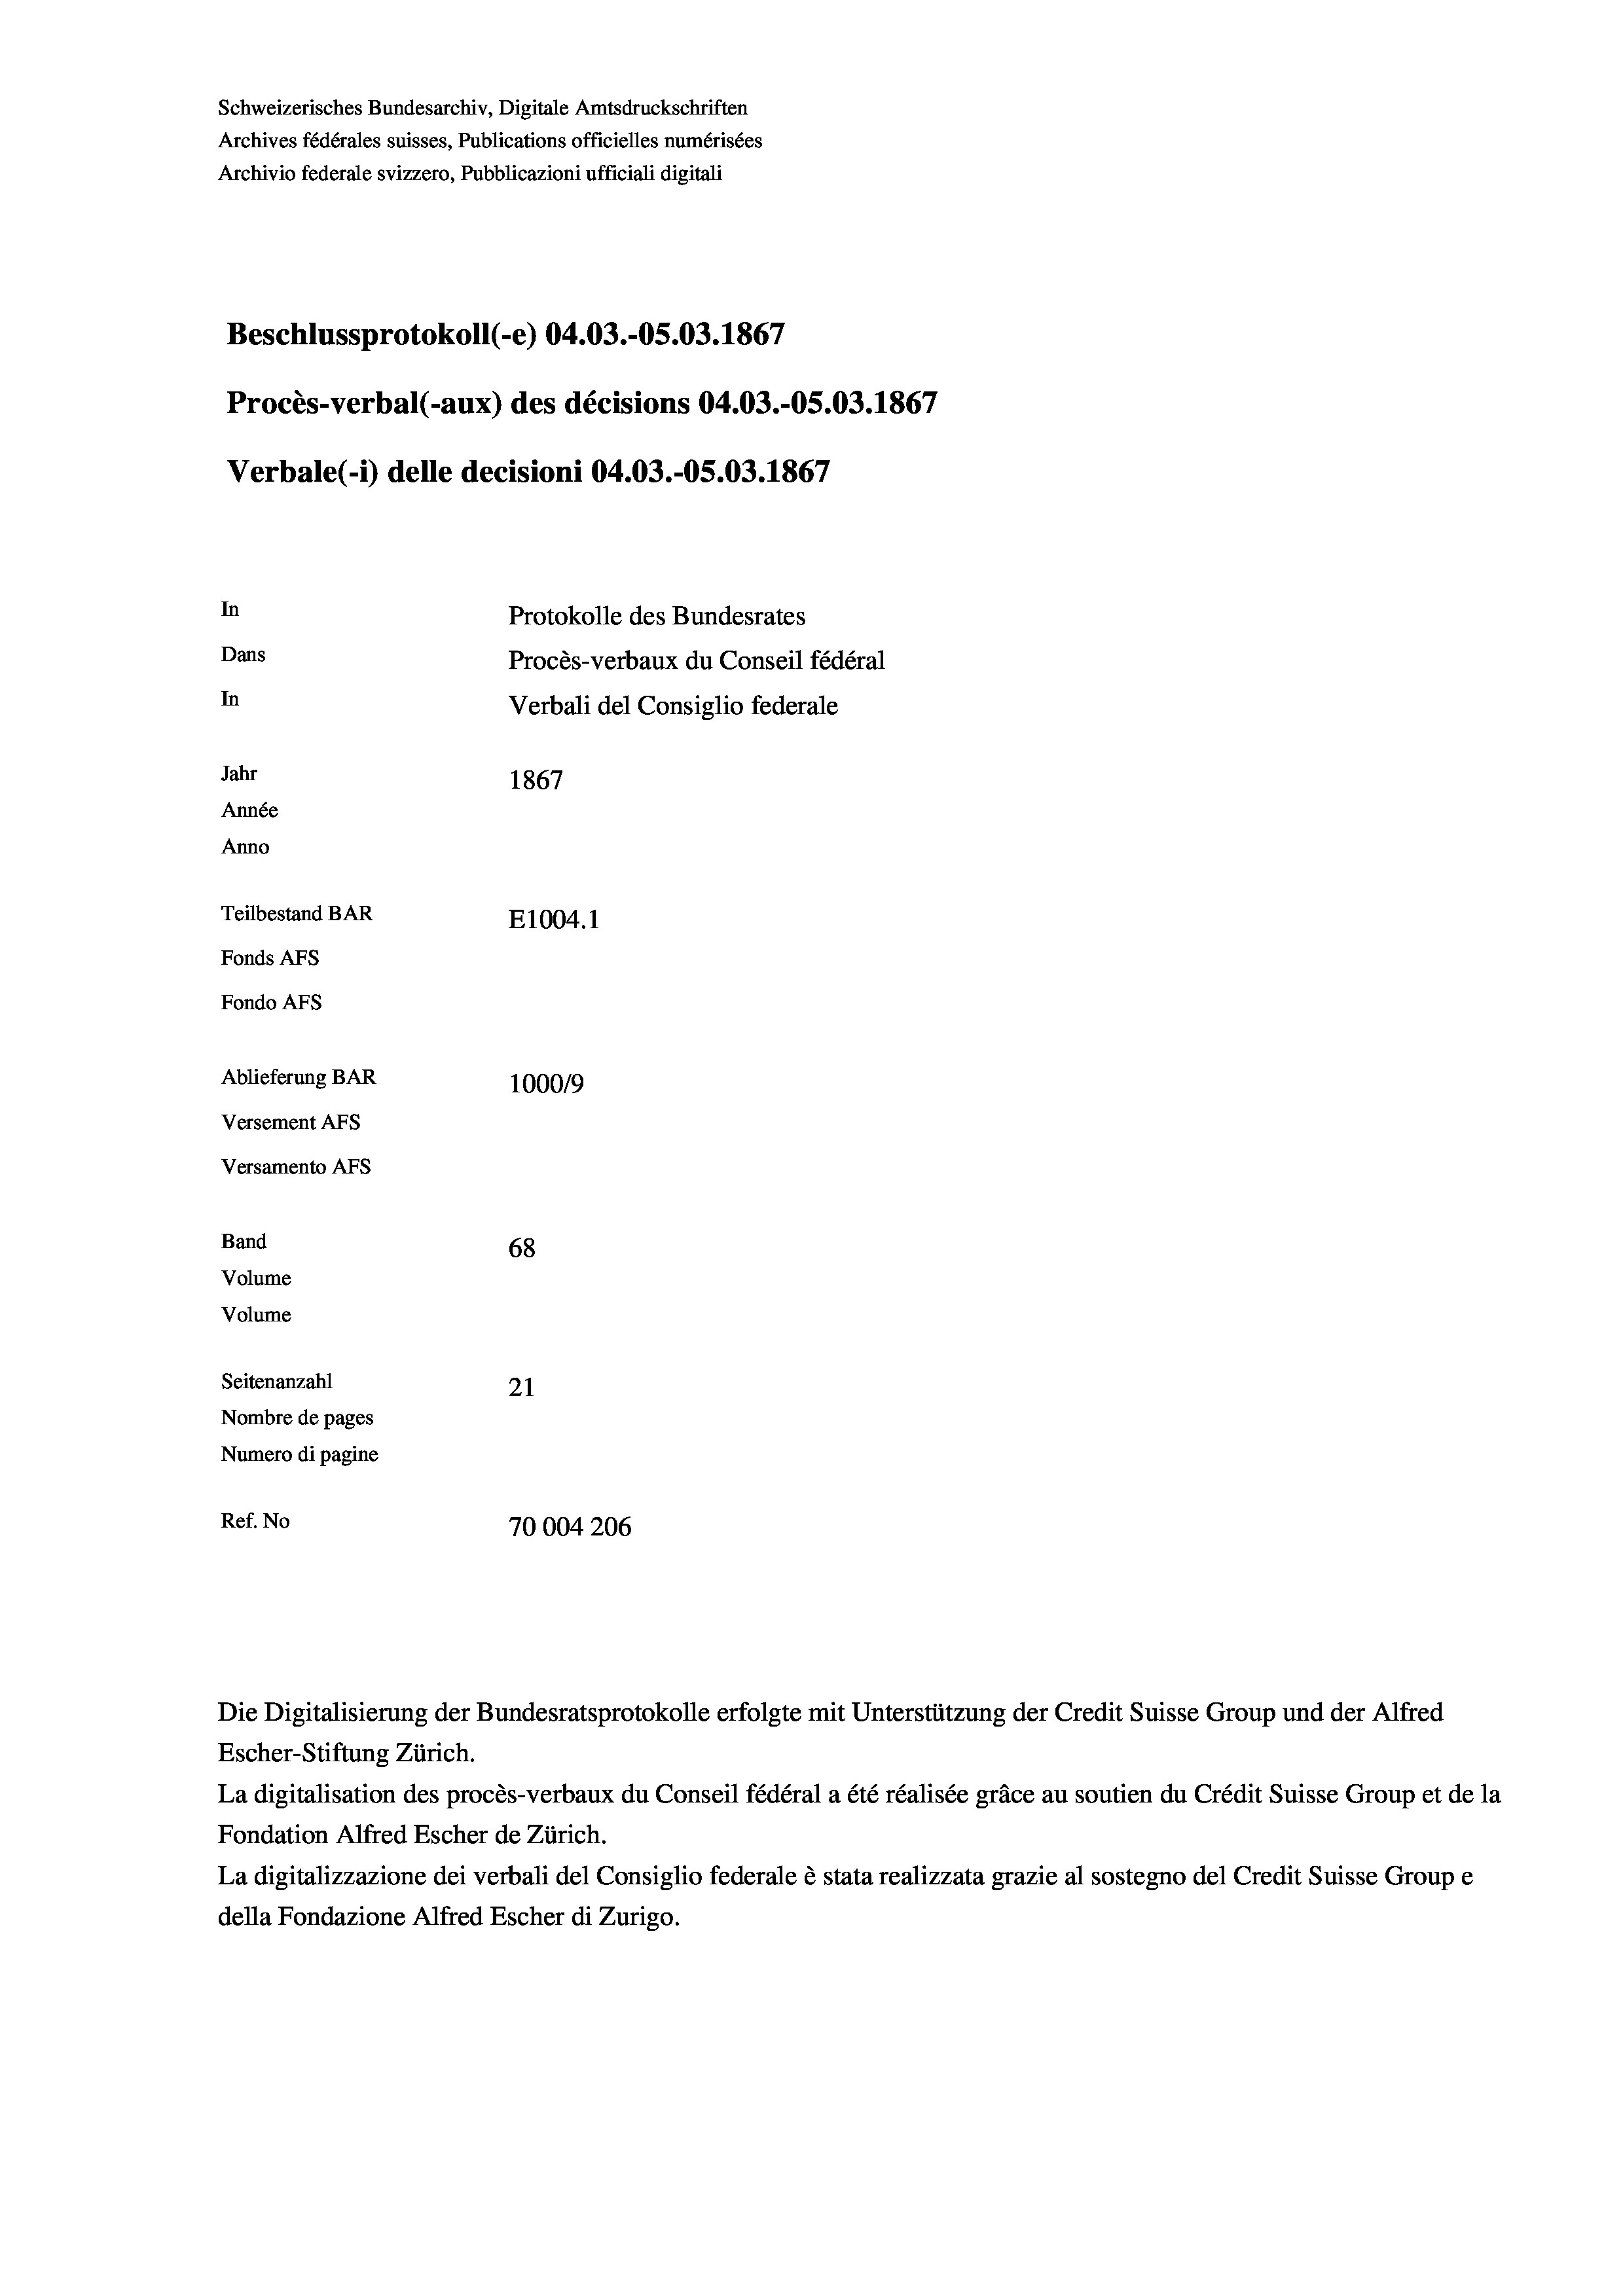
Schweizerisches Bundesarchiv, Digitale Amtsdruckschriften
Archives fédérales suisses, Publications officielles numérisées
Archivio federale svizzero, Pubblicazioni ufficiali digitali
Beschlussprotokoll (-e) 04.03.-05.03. 1867
Procès-verbal (-aux) des décisions 04.03.-OS.03. 1867
Verbale(-*) delle decisioni 04.03.-OS.03. 1867
In
Protokolle des Bundesrates
Dans
Procès-verbaux du Conseil fédéral
In
Verbali del Consiglio federale
Jahr
1867
Année
Anno
Teilbestand BAR
E1004.1
Fonds AFs
Fondo AFS
Ablieferung BAR
100019
Versement AFs
Versamento AFs
Band
68
Volume
Volume
Seitenanzahl
21

Nombre de pages
Numero di pagine
Ref. No
70004206

La digitalisation des procès-verbaux du Conseil fédéral a été réalisée gräce au soutien du Crédit Suisse Group et de la
Fondation Alfred Escher de Zürich.
La digitalizzazione dei verbali del Consiglio federale è stata realizzata grazie al sostegno del Credit Suisse Groupe
della Fondazione Alfred Escher di Zurigo.

Die Digitalisierung der Bundesratsprotokolle erfolgte mit Unterstützung der Credit Suisse Group und der Alfred
Escher-Stiftung Zürich.